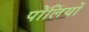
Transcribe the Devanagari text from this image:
पोलियों